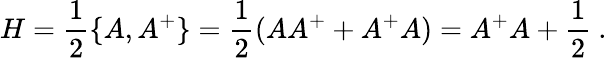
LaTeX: H=\frac 12\{ A,A^{+}\} =\frac 12(AA^{+}+A^{+}A)=A^{+}A+\frac 12\ .